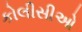
કોલીસીઓ